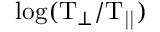
\mathrm { l o g ( T _ { \perp } / T _ { | | } ) }